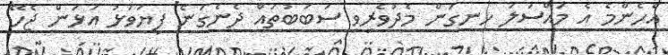
އެހެންމެ އެ މައްސަލަ ހިނގަން މެދުވެރިވި ސަބަބުތައް ދެނެގަނެ ފިޔަވަޅު އަޅަން ޖެހޭ